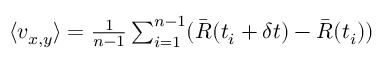
\begin{array} { r } { \langle v _ { x , y } \rangle = \frac { 1 } { n - 1 } \sum _ { i = 1 } ^ { n - 1 } ( \bar { R } ( t _ { i } + \delta t ) - \bar { R } ( t _ { i } ) ) } \end{array}